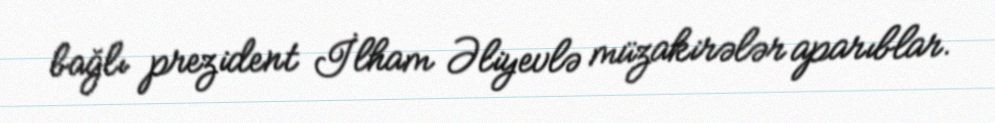
bağlı prezident İlham Əliyevlə müzakirələr aparıblar.